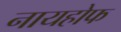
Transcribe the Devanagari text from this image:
नायहोफ